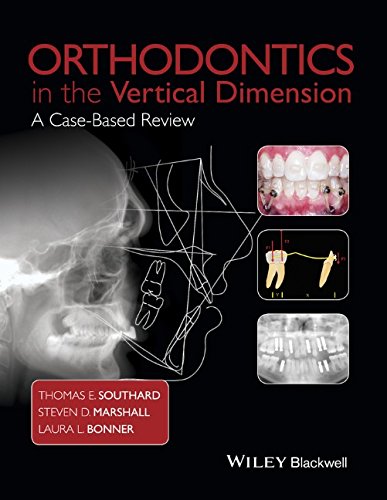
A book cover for Orthodontics in the Vertical Dimension: A Case-Based Review; Thomas E. Southard; Medical Books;